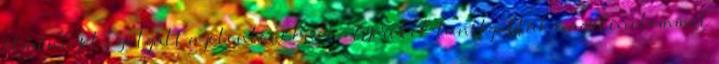
élménnyel szolgált a jelenlevőknek . Gyerekek tanítgatták nagy türelemmel